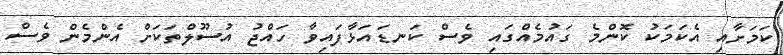
ކަމަށާއި އެކަމަކު ކޮންމެ ގައުމެއްގައި ވެސް ކަނޑައަޅާފައިވާ ހައްޖު އުސޫލްތަކަށް އެންމެން ވެސް